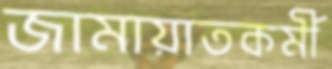
জামায়াতকর্মী